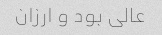
عالی بود و ارزان